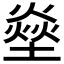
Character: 𤍢